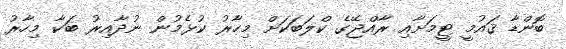
ބޮންޑާ ޤައުމީ ޓީމަށާއި ރާއްޖޭގެ ކްލަބަކަށް މިހާރު ކުޅެމުން ނުދާއިރު ބަކާ މިހާރު